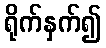
ရိုက်နှက်၍